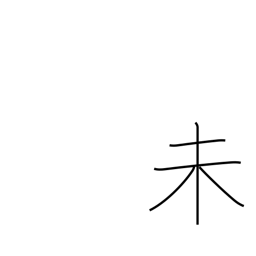
Meaning: sign of the ram